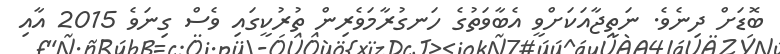
ބޮޑަށް ދިނެވެ. ނަތީޖާއަކަށްވީ އެބާވަތުގެ ހަނގުރާމަވެރިން ތުރުކީގައި ވެސް ގިނަވެ 2015 އާއި